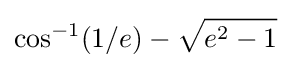
\cos ^{-1}(1/e)-{\sqrt {e^{2}-1}}